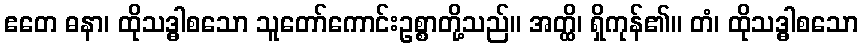
ဧတေ ဓနာ၊ ထိုသဒ္ဓါစသော သူတော်ကောင်းဥစ္စာတို့သည်။ အတ္ထိ၊ ရှိကုန်၏။ တံ၊ ထိုသဒ္ဓါစသော